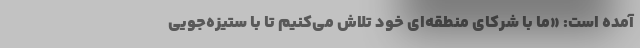
آمده است: «ما با شرکای منطقه‌ای خود تلاش می‌کنیم تا با ستیزه‌جویی